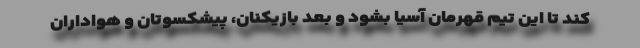
کند تا این تیم قهرمان آسیا بشود و بعد بازیکنان، پیشکسوتان و هواداران